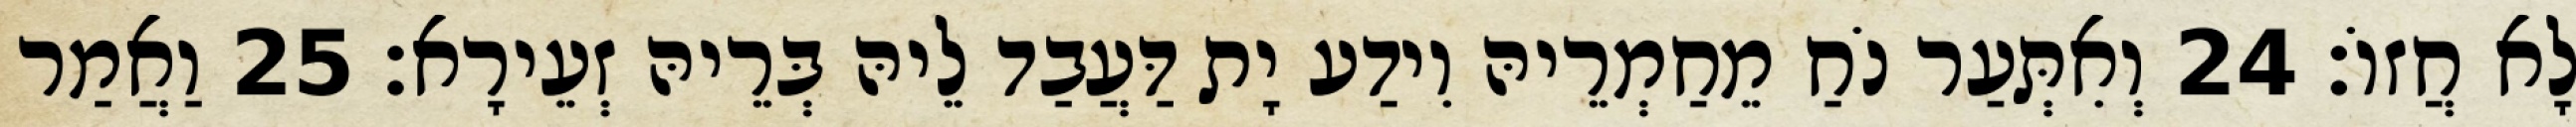
לָא חֲזוֹ׃ 24 וְאִתְּעַר נֹחַ מֵחַמְרֵיהּ וִידַע יָת דַּעֲבַד לֵיהּ בְּרֵיהּ זְעֵירָא׃ 25 וַאֲמַר